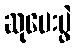
ဆုပေးပွဲ